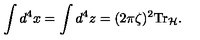
\int d ^ { 4 } x = \int d ^ { 4 } z = ( 2 \pi \zeta ) ^ { 2 } \mathrm { T r } _ { \cal H } .